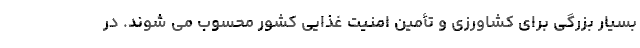
بسیار بزرگی برای کشاورزی و تأمین امنیت غذایی کشور محسوب می شوند. در